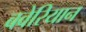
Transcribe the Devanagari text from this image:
बवेरियान